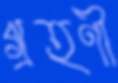
গ্রহণী